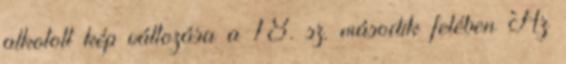
alkotott kép változása a 18. sz. második felében Az